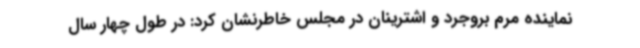
نماینده مرم بروجرد و اشترینان در مجلس خاطرنشان کرد: در طول چهار سال